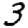
Digit: 3